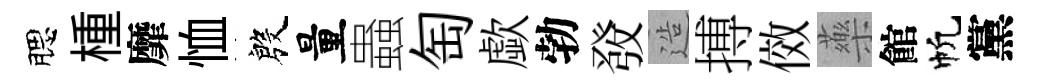
腮㮔靡恤殷量蟲匋歔勃𤼲造搏傚藥館帆黨